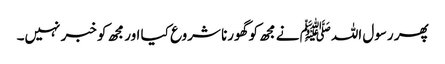
پھر رسول اللہﷺ نے مجھ کو گھورنا شروع کیا اور مجھ کو خبر نہیں۔